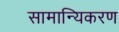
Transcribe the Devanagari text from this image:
सामान्यिकरण